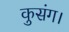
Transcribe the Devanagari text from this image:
कुसंग।